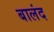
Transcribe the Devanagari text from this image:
बालंद